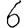
Digit: 6